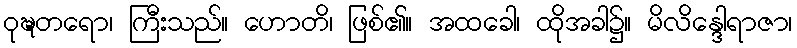
ဝုဍ္ဎတရော၊ ကြီးသည်။ ဟောတိ၊ ဖြစ်၏။ အထခေါ၊ ထိုအခါ၌။ မိလိန္ဒေါရာဇာ၊